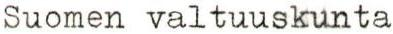
Suomen valtuuskunta